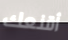
أقنعك